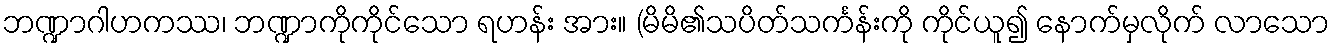
ဘဏ္ဍာဂါဟကဿ၊ ဘဏ္ဍာကိုကိုင်သော ရဟန်း အား။ (မိမိ၏သပိတ်သင်္ကန်းကို ကိုင်ယူ၍ နောက်မှလိုက် လာသော